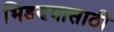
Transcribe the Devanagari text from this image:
भिडण्यासाठी